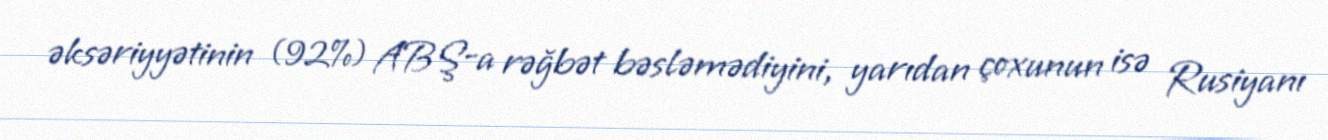
əksəriyyətinin (92%) ABŞ-a rəğbət bəsləmədiyini, yarıdan çoxunun isə Rusiyanı